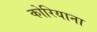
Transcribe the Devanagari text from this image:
कोरियाना